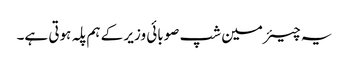
یہ چیئرمین شپ صوبائی وزیر کے ہم پلہ ہوتی ہے۔